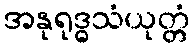
အနုရုဒ္ဓသံယုတ္တံ